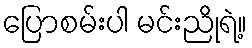
ပြောစမ်းပါ မင်းညိုရဲ့။